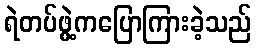
ရဲတပ်ဖွဲ့ကပြောကြားခဲ့သည်